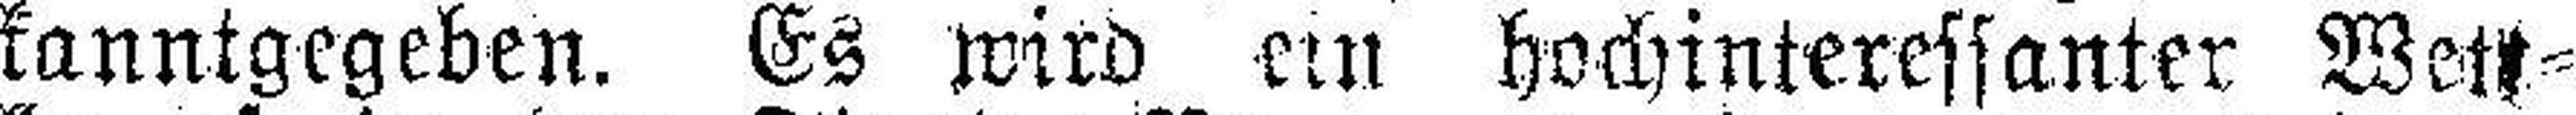
kanntgegeben. Es wird ein hochinteressanter Wett¬